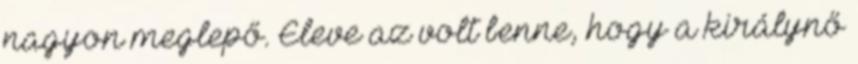
nagyon meglepő. Eleve az volt benne, hogy a királynő